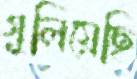
গুলিয়েছি